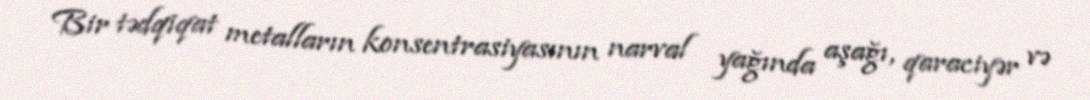
Bir tədqiqat metalların konsentrasiyasının narval yağında aşağı, qaraciyər və